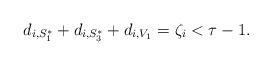
LaTeX: \begin{align*}d_{i,S_1^*}+d_{i,S_3^*}+d_{i,V_1}=\zeta_i<\tau-1.\end{align*}